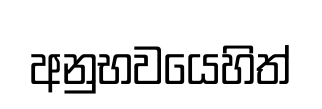
අනුභවයෙහිත්